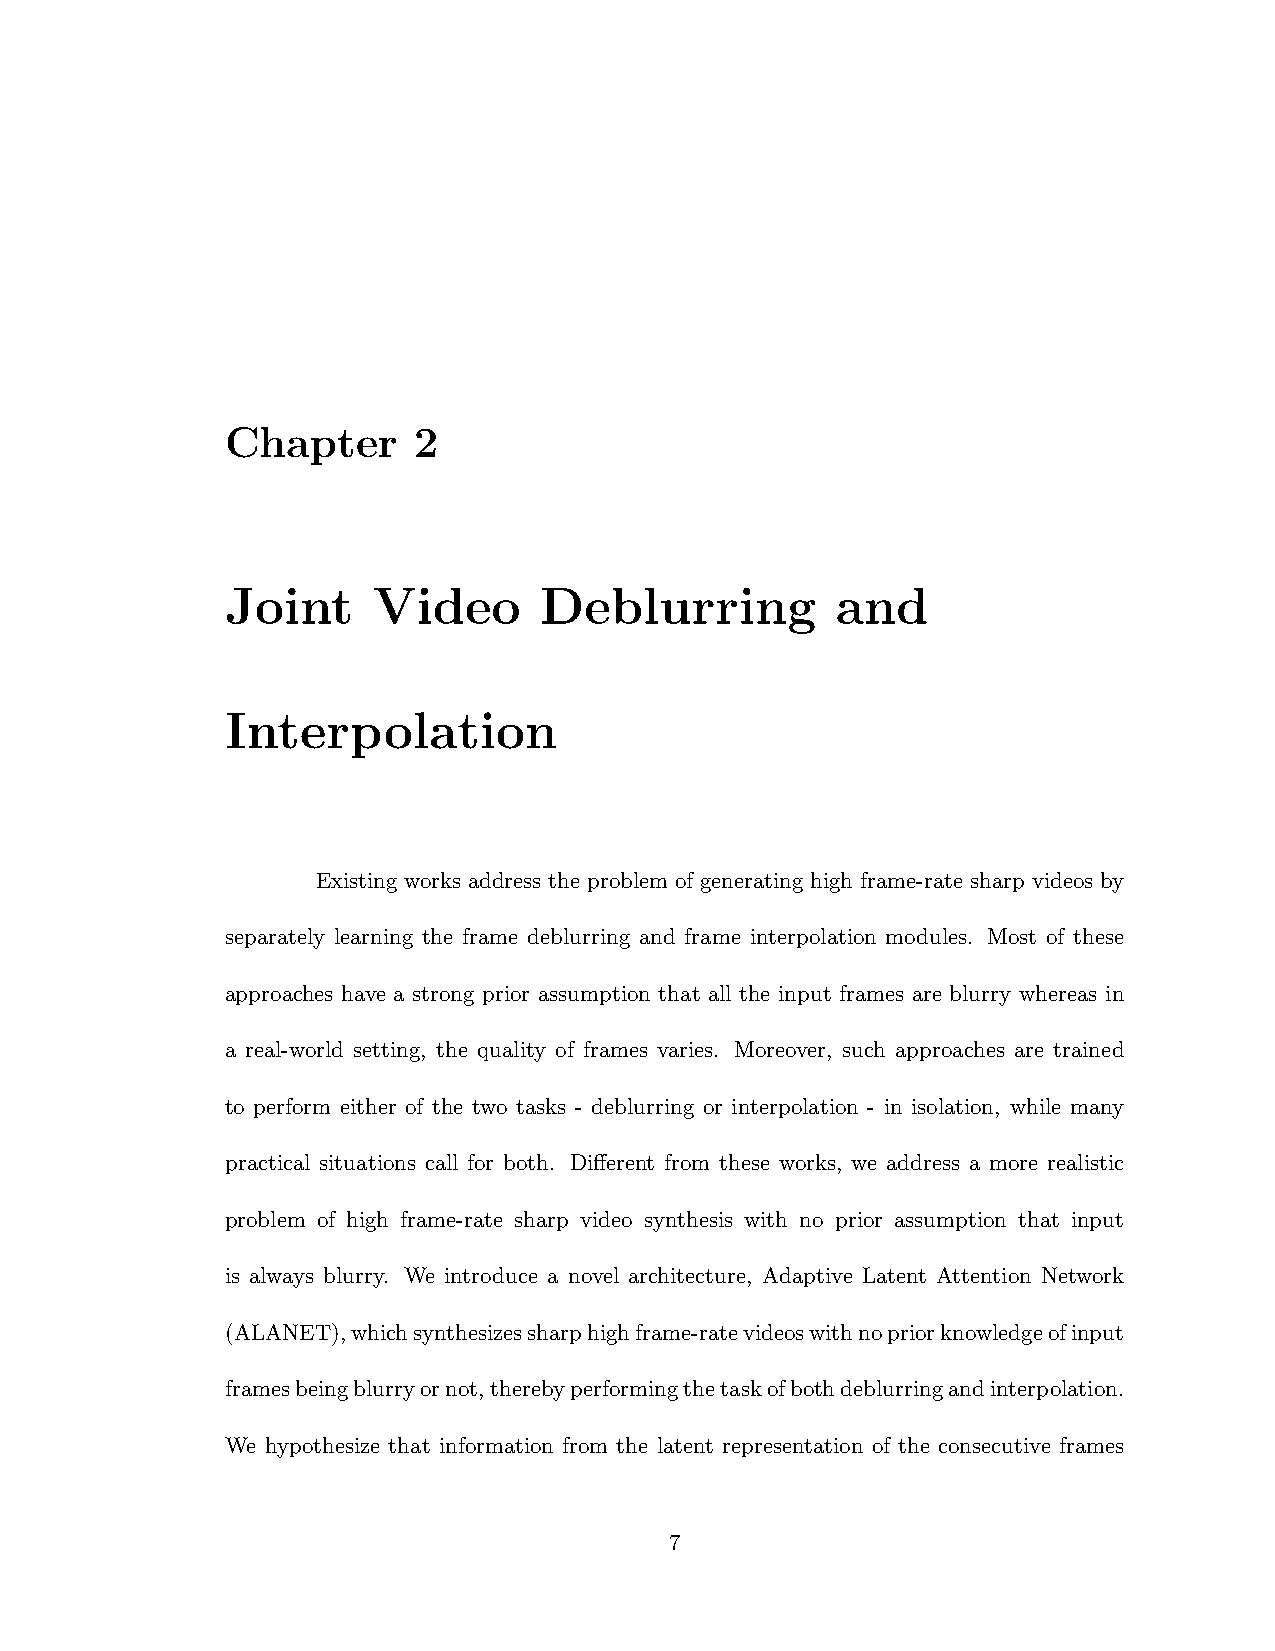
Chapter     2
 Joint     Video      Deblurring         and
 Interpolation
 Existing works address the problem of generating high frame-rate sharp videos by
 separately learning the frame deblurring and frame interpolation modules. Most of these
 approaches have a strong prior assumption that all the input frames are blurry whereas in
 a real-world setting, the quality of frames varies. Moreover, such approaches are trained
 to perform either of the two tasks - deblurring or interpolation - in isolation, while many
 practical situations call for both. Different from these works, we address a more realistic
 problem of high frame-rate sharp video synthesis with no prior assumption that input
 is always blurry. We introduce a novel architecture, Adaptive Latent Attention Network
 (ALANET),whichsynthesizessharphighframe-ratevideoswithnopriorknowledgeofinput
 framesbeingblurryornot,therebyperformingthetaskofbothdeblurringandinterpolation.
 We hypothesize that information from the latent representation of the consecutive frames
 7